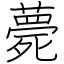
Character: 薨